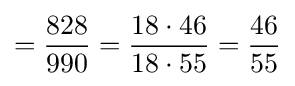
={\frac {828}{990}}={\frac {18\cdot 46}{18\cdot 55}}={\frac {46}{55}}